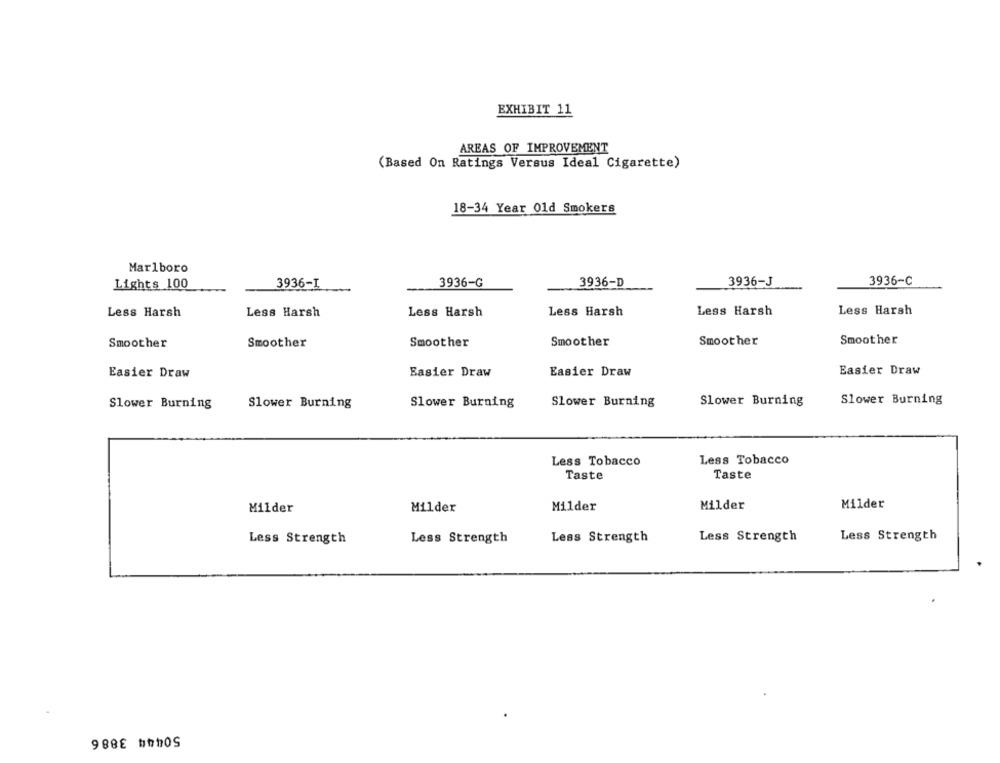
EXHIBIT 11
AREAS OF IMPROVEMENT
(Based On Ratings Versus Ideal Cigarette)
18-34 Year Old Smokers
Marlboro
3936-G
3936-J
3936-C
Lights 100
3936-I
3936-D
Less Harsh
Less Harsh
Less Harsh
Less Harsh
Less Harsh
Less Harsh
Smoother
Smoother
Smoother
Smoother
Smoother
Smoother
Easier Draw
Easier Draw
Easier Draw
Easier Draw
Slower Burning
Slower Burning
Slower Burning
Slower Burning
Slower Burning
Slower Burning
Less Tobacco
Less Tobacco
Taste
Taste
Milder
Milder
Milder
Milder
Milder
Less Strength
Less Strength
Less Strength
Less Strength
Less Strength
50444 3886